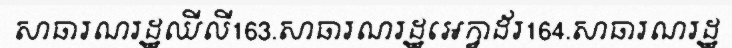
សាធារណរដ្ឋឈីលី163.សាធារណរដ្ឋអេក្វាដ័រ164.សាធារណរដ្ឋ